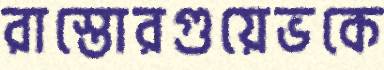
রাস্তোরগুয়েভকে